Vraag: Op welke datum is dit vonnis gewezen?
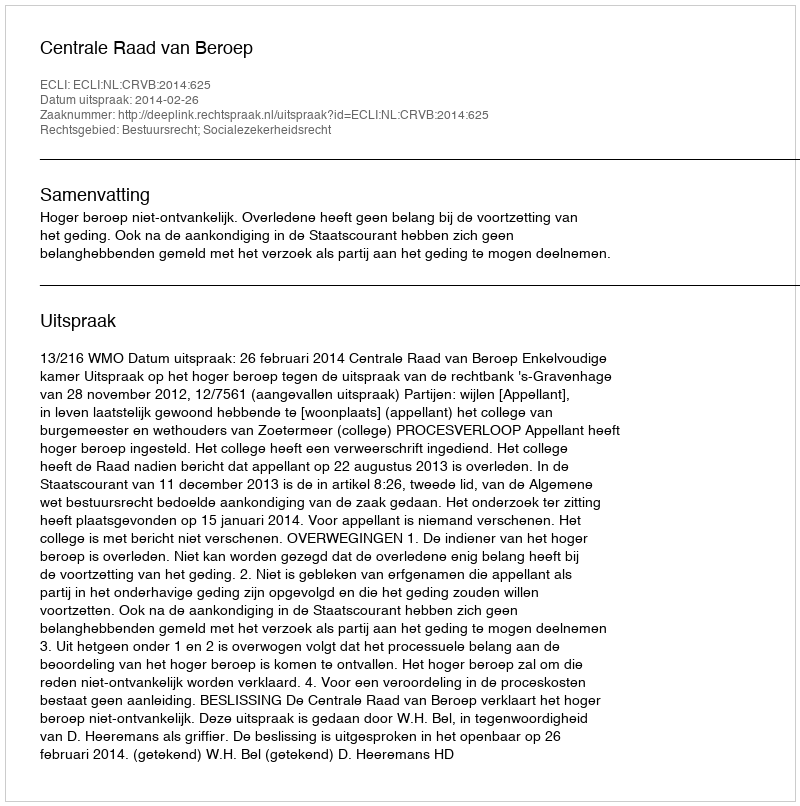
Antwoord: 2014-02-26